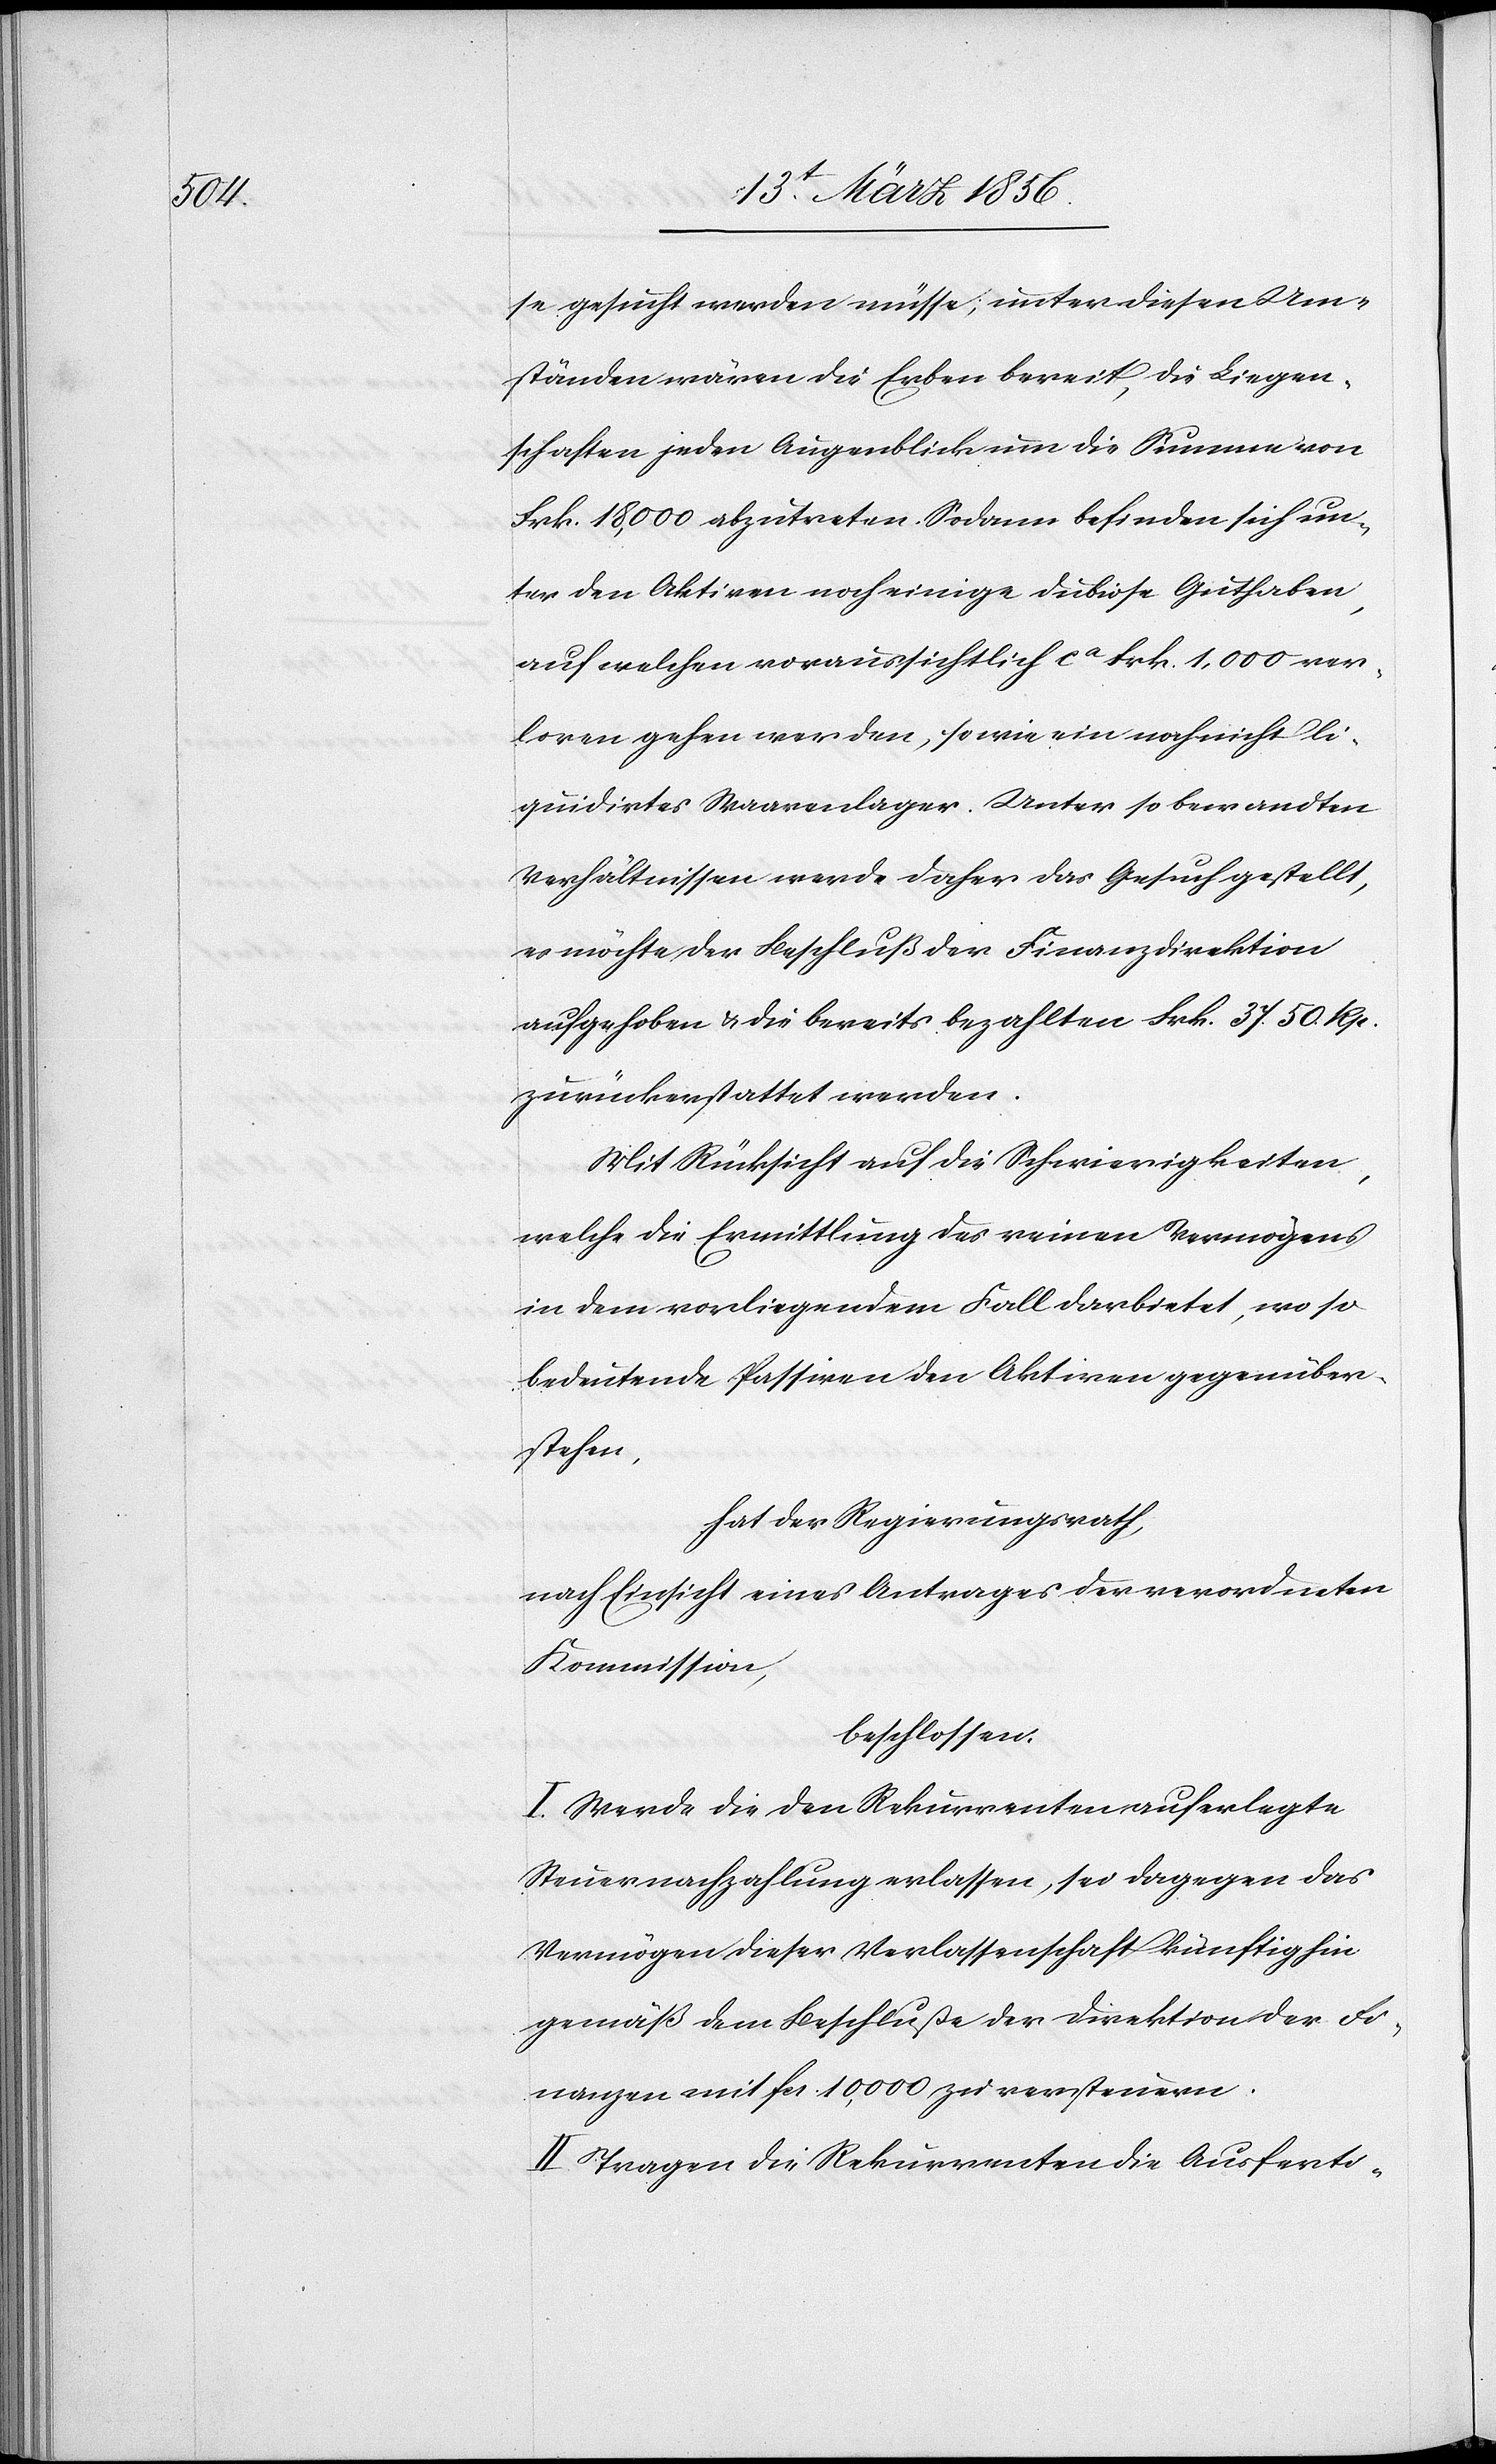
se gesucht werden müsse; unter diesen Um¬
ständen wären die Erben bereit, die Liegen¬
schaften jeden Augenblick um die Summe von
Frk. 18,000 abzutreten. Sodann befinden sich un¬
ter den Aktiven noch einige dubiose Guthaben,
auf welchen voraussichtlich ca Frk. 1,000 ver¬
loren gehen werden, sowie ein noch nicht li¬
quidirtes Waarenlager. Unter so bewandten
Verhältnissen werde daher das Gesuch gestellt,
es möchte der Beschluß der Finanzdirektion
aufgehoben & die bereits bezahlten Frk. 37. 50. Rp.
zurückerstattet werden.
Mit Rücksicht auf die Schwierigkeiten,
welche die Ermittlung des reinen Vermögens
in dem vorliegenden Fall darbietet, wo so
bedeutende Passiven den Aktiven gegenüber¬
stehen,
hat der Regierungsrath,
nach Einsicht eines Antrages der verordneten
Kommission,
beschlossen:
I. Werde die den Rekurrenten auferlegte
Steuernachzahlung erlassen, sei dagegen das
Vermögen dieser Verlassenschaft künftig hin
gemäß dem Beschluße der Direktion der Fi¬
nanzen mit fcs. 10,000 zu versteuern.
II. Tragen die Rekurrenten die Ausferti-